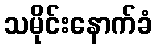
သမိုင်းနောက်ခံ